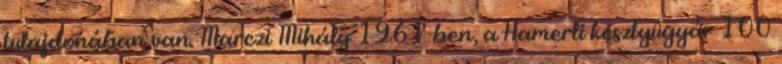
tulajdonában van. Marczi Mihály 1961-ben, a Hamerli kesztyûgyár 100